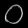
Digit: ၀